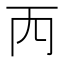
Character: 𠀑